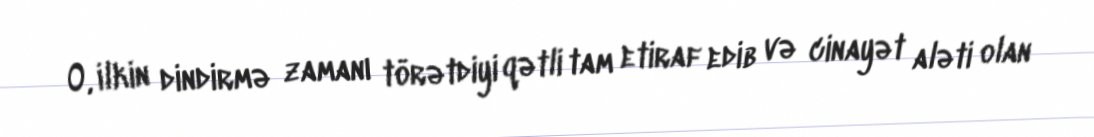
O, ilkin dindirmə zamanı törətdiyi qətli tam etiraf edib və cinayət aləti olan